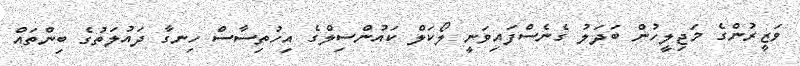
ވަޒީރުންގެ މަޖިލީހުން ބަދަލު ގެނެސްފައިވަނީ ލޯކަލް ކައުންސިލްގެ އިހުތިސާސް ހިނގާ ދައުލަތުގެ ބިންތައް